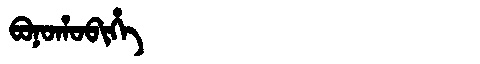
Manchu: ᠪᠣᠨᠣᡥᠣᠪᡳᡥᡝ
Romanization: BONOHOBIHE